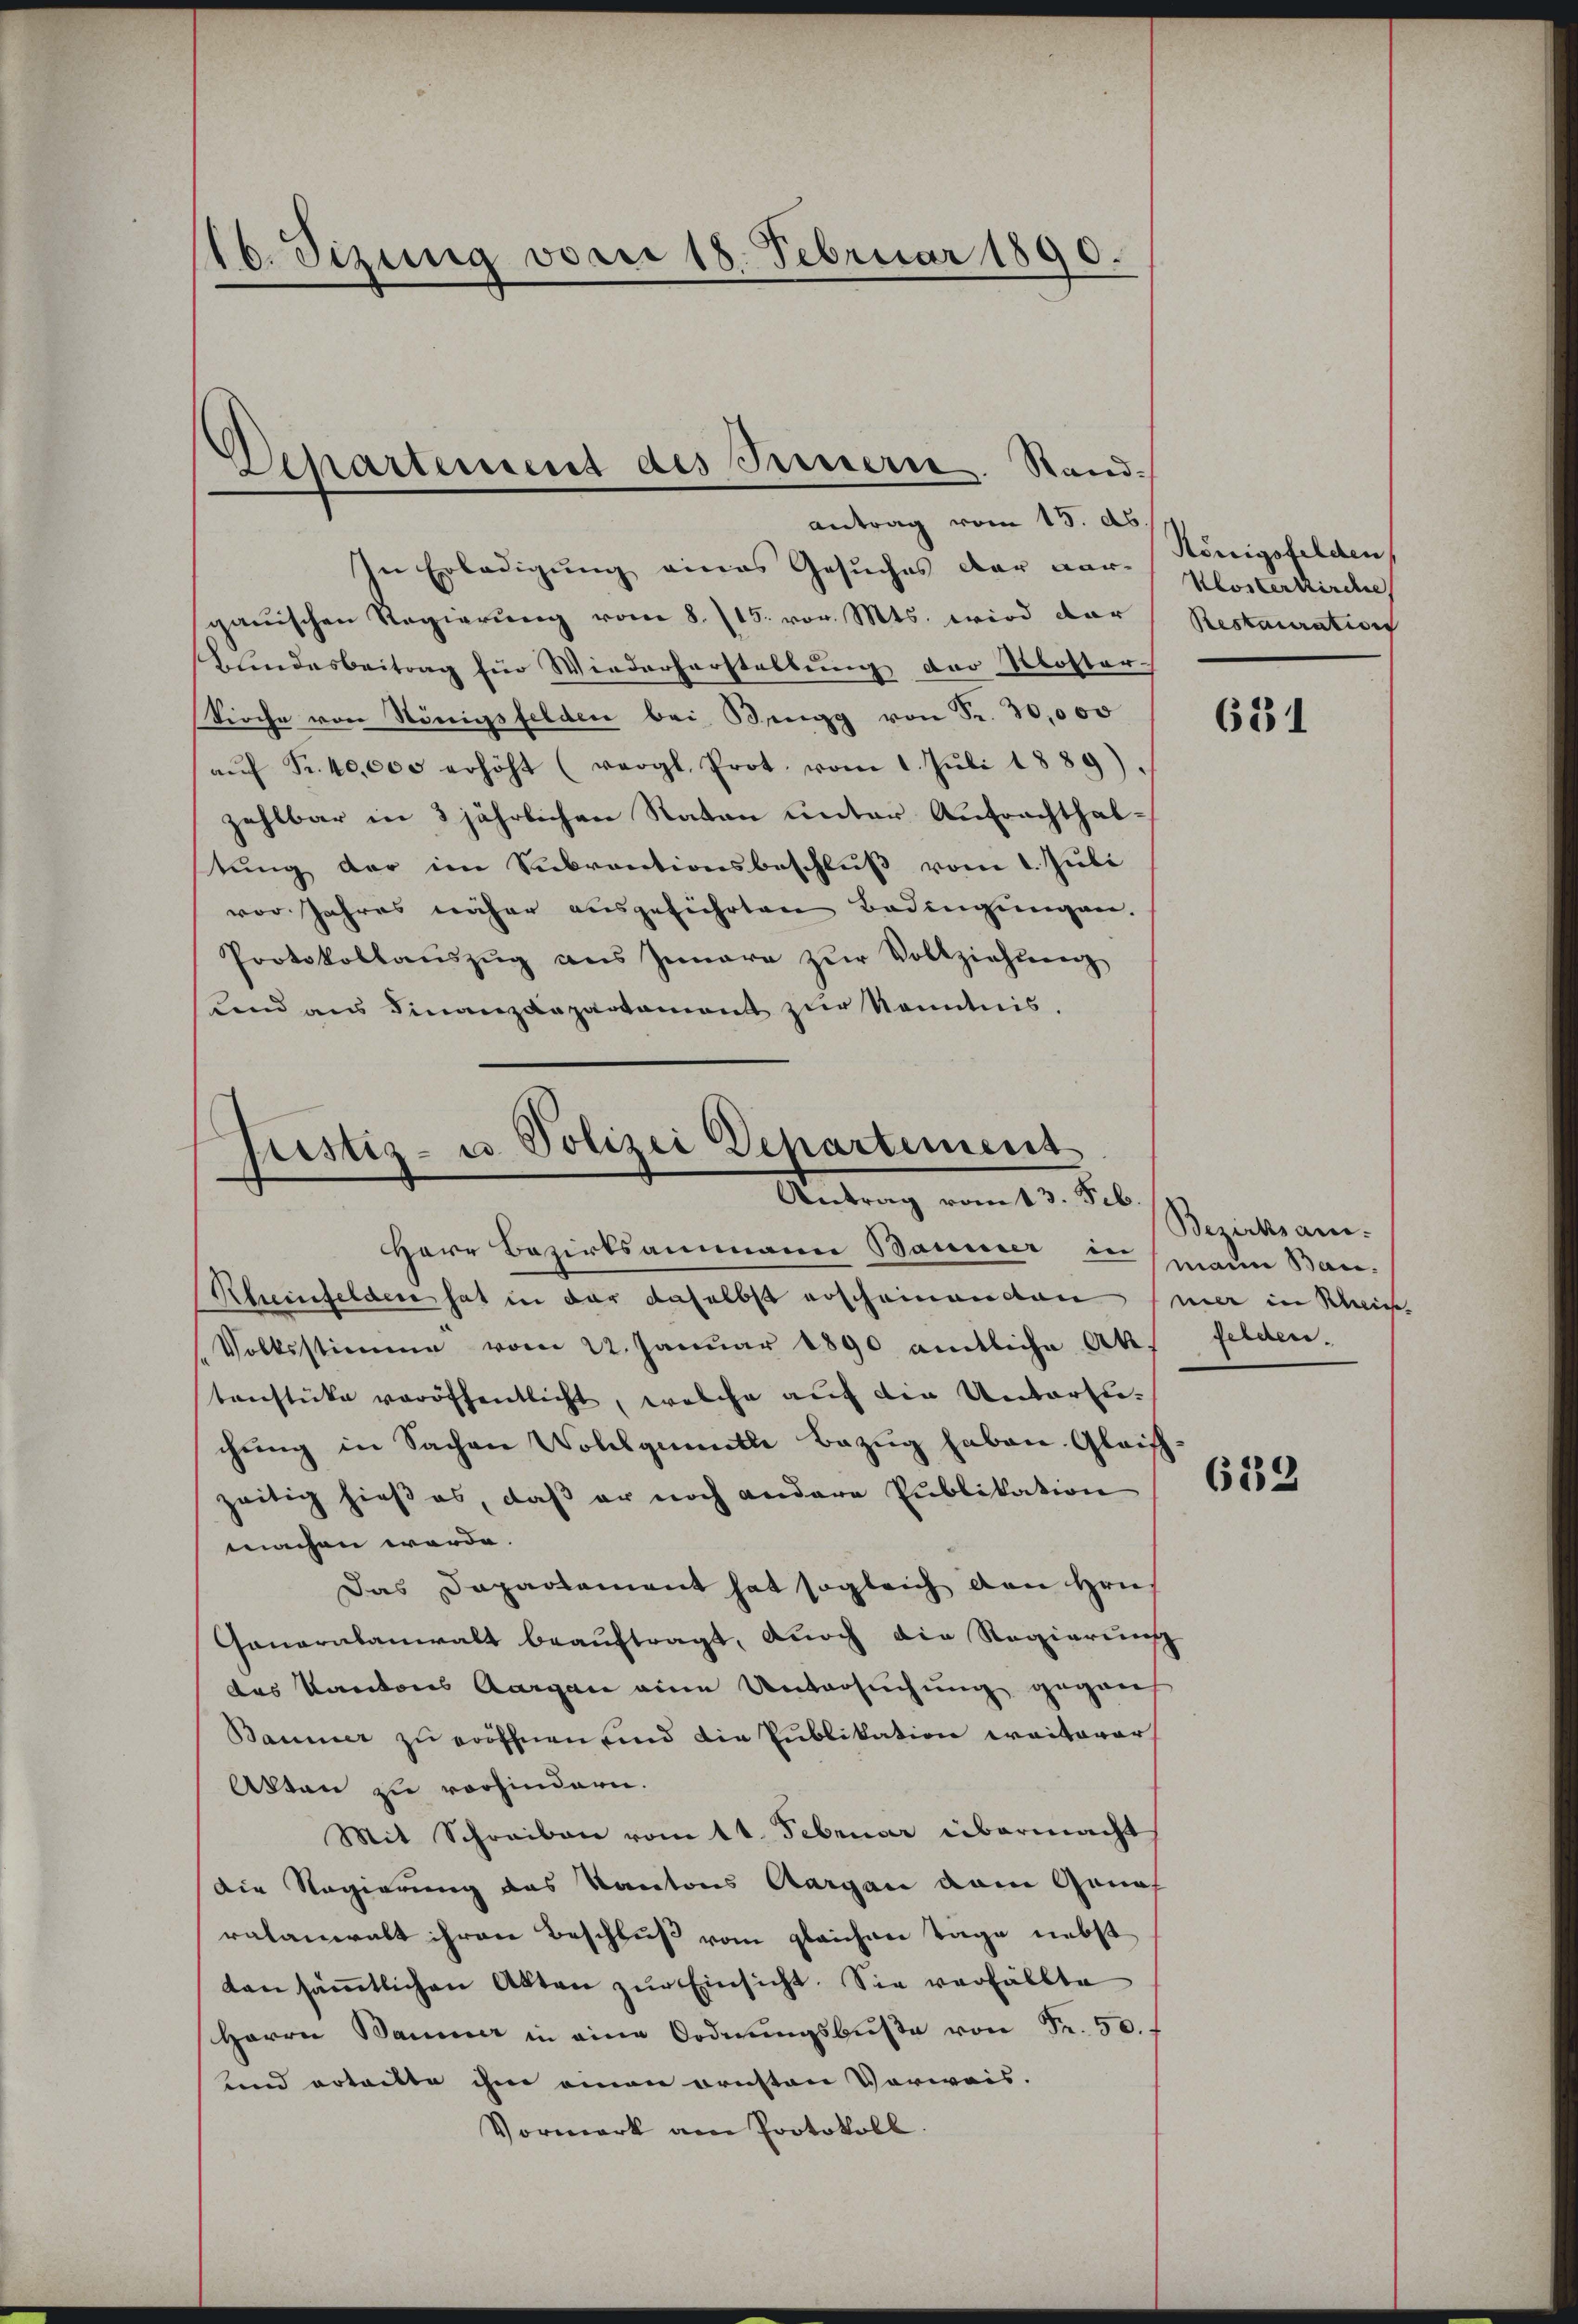
16. Sizung vom 18. Februar 1890.

Departement des Pressern. Stand-
antrag vom 15. ds

In Erledigung eines Gesuches der vor Klosterkirc
ganischen Regierŭng vom 8. 115. vor. Mts. wird dar
lindesbeitrag für Wiederherstellung der Kloster-
Kirche von Königsfelden bei Bengg von Fr. 10,000
aŭf Fr. 40,000 erhöht (vergl. Prot. vom 1. Juli 1889)
zahlbar in 3 jährlichen Raten unter Aufrachthalstung der im Subventionsbeschluß vom 1. Juli
vor Jahres näher ausgeführten Bedingungen.
Protokollaŭszŭg ans Innere zŭr Vollziehung
sland aus Finanzdepartement zur Kenntnis.

Grestiz- u Polizei Departement
Antrag vom 13. Feb.

Herr Bezirksammann Baumer in mann Bau-
Rheinfelden hat in der daselbst erscheinanden sie in Klein
Volksstimme vom 22. Januar 1890 amtliche Akt felden.
tenstücke veröffentlicht, welche auf die Untersuchŭng in Sachen Wollgemuthe Bezug haben. Gleichzeitig hieß es, daβ er noch andere Publikation
machen werde.
Das Dapartement hat sogleich den Hrn.
Ganaralanwalt beauftragt, durch die Regierung
das Kantons Aargau eine Untersuchung gegen
Baumer zu eröffnen und die Publikation weiterer
Akten zu vorhindern.
Mit Schreiben vom 11. Februar übermacht
die Regierung des Kantons Aargau dem Genos
ratanwalt ihren Beschluß vom gleichner Tage nebst
tan säṁtlichen Akten zŭr Einsicht. Sie verfällte
Herrn Baumer in eine Ordnŭngsbŭβe von Fr. 50.
und erteilte ihm einen ornsten Verwais.
Vormerk am Protokoll.

Königsfelden
Restauration

631

Bezirksam.

632